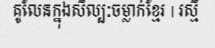
គូលែនក្នុងសិល្បៈចម្លាក់ខ្មែរ | រស្មី